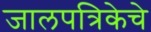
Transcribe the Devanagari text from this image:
जालपत्रिकेचे